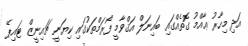
އަދި މިހާރު ޢާއްމު ގޮތެއްގައި ބައިނަލް އަޤްވާމީ ފޯރަމްތަކުގައި ކިޔަނީ ޗައިނީޒް ޓައިޕޭ